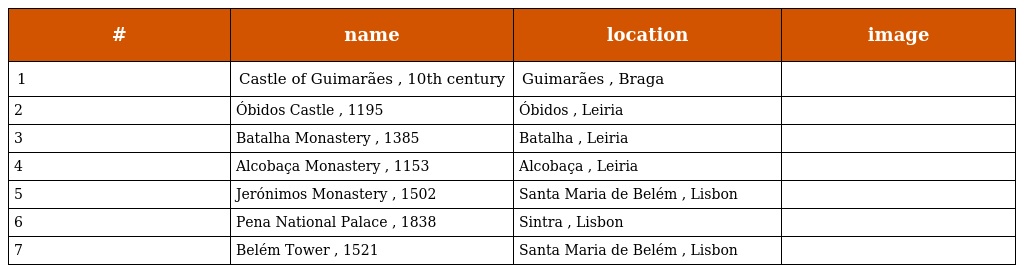
| # | name | location | image |
 | --- | --- | --- | --- |
 | 1 | Castle of Guimarães , 10th century | Guimarães , Braga |  |
 | 2 | Óbidos Castle , 1195 | Óbidos , Leiria |  |
 | 3 | Batalha Monastery , 1385 | Batalha , Leiria |  |
 | 4 | Alcobaça Monastery , 1153 | Alcobaça , Leiria |  |
 | 5 | Jerónimos Monastery , 1502 | Santa Maria de Belém , Lisbon |  |
 | 6 | Pena National Palace , 1838 | Sintra , Lisbon |  |
 | 7 | Belém Tower , 1521 | Santa Maria de Belém , Lisbon |  |